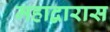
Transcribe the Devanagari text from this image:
महाद्वारास